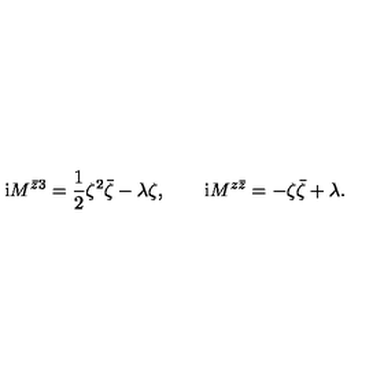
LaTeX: \mathrm { i } M ^ { \bar { z } 3 } = \frac { 1 } { 2 } \zeta ^ { 2 } \bar { \zeta } - \lambda \zeta , \qquad \mathrm { i } M ^ { z \bar { z } } = - \zeta \bar { \zeta } + \lambda .